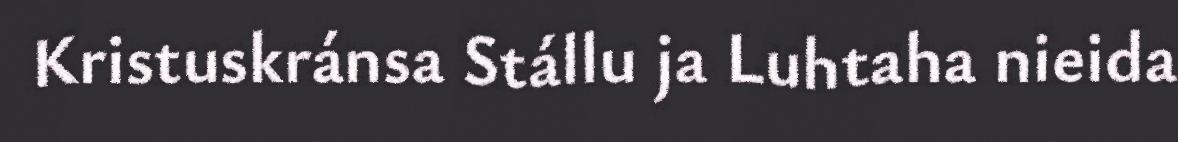
Kristuskránsa Stállu ja Luhtaha nieida